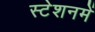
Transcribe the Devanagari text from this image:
स्टेशनमें